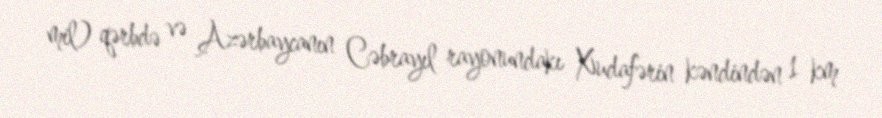
mil) qərbdə və Azərbaycanın Cəbrayıl rayonundakı Xudafərin kəndindən 1 km